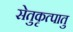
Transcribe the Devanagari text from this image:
सेतुकृत्पातु